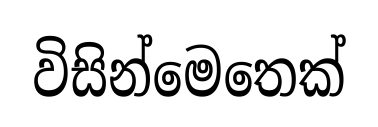
විසින්මෙතෙක්